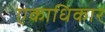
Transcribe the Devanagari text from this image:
एकाधिकार